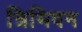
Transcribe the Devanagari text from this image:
त्रिभिवन